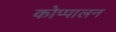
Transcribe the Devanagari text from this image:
कोप्पालन